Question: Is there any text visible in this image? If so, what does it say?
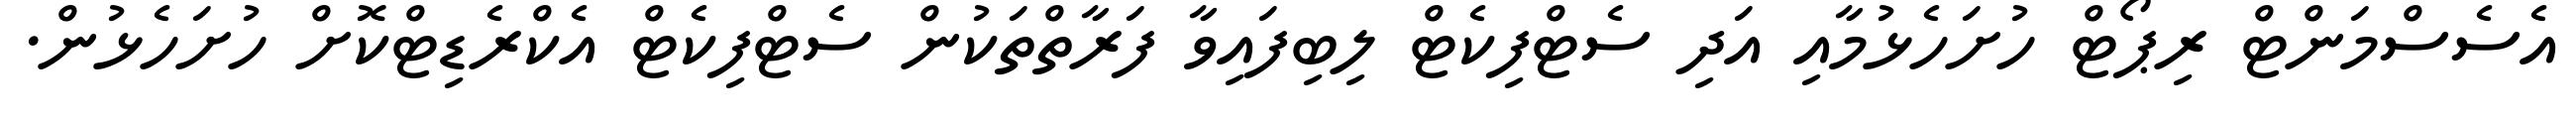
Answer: އެސެސްމަންޓް ރިޕޯޓް ހުށަހެޅުމާއި އަދި ސެޓްފިކެޓް ލިބިފައިވާ ފަރާތްތަކުން ސެޓްފިކެޓް އެކްރެޑިޓްކޮށް ހުށަހެޅުން.